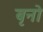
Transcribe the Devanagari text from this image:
बृनो